Vital statistics of India. Vol. IV, Annual returns from 1871 to 1876. British Army of India, Native Army and jails of Bengal
Year: 1871
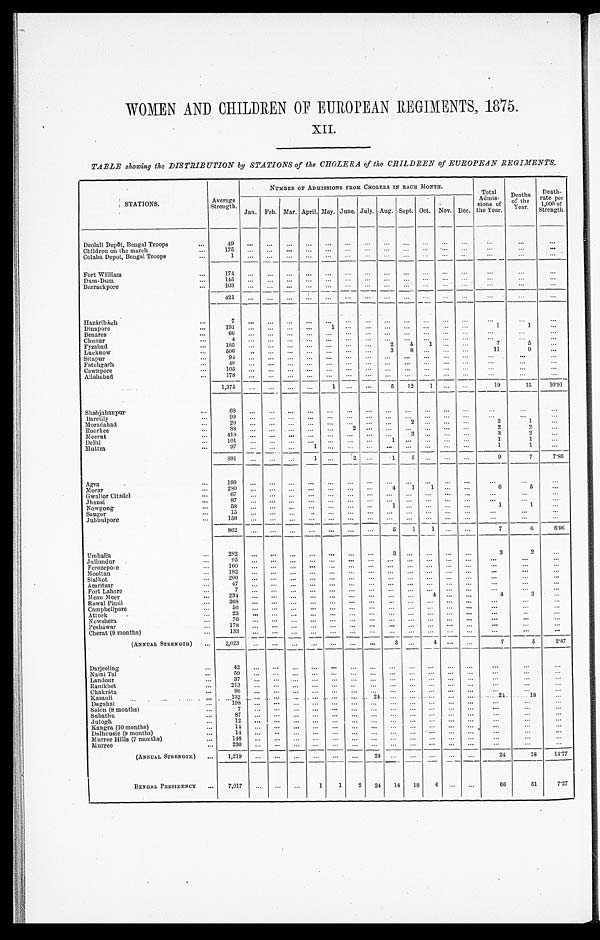
WOMEN AND CHILDREN OF EUROPEAN REGIMENTS, 1875.
X I I .
TABLE showing the DISTRIBUTION by STATIONS of the CHOLERA of the CHILDREN of EUROPEAN REGIMENTS.
.STATIONS.
Average
Strength.
NUMBER OF ADMISSIONS FROM CHOLERA IN EACH MONTH.
Total
Admis-
sions of
the Year.
Deaths
of the
; Year.
Death-
rate per1,000
of
Strength.
Jan. Feb. Mar. April. May. June. July. Aug. Sept. Oct. Nov. Dec.
Deolali Depot, Bengal Troops
...
49
... ... ...
... ... ... ... ... ... ... ... ...
...
...
...
Children on the march
...
175 ... ... ... ...
... ... ... ... ... ... ... ... ...
...
...
Colaba Depot, Bengal Troops
... 1
... ... ... ...
... ...
... ...
...
... ...
...
... ...
Fort William
...
174 ...
...
... ... ... ... ... ... ... ...
...
...
...
...
...
Dum-Data
...
145 ... ...
... ... ... ... ...
... ...
... ... ...
...
... ...
Ba r r a c k p o r e
...
103
. . .
. . . ...
... ... ... ... ...
. . . ...
. . .
. . .
. . .
. . .
...
Hazaribagh
...
421
-- ... ... ... ...
... ...
..._ ...
... ... ...
... ...
...
...
7 ..
... ... ... ... ...
... ... ... ...
... ...
...
...
...
Dinapore
...
191 ... ... ... ... 1 ... ... ... ... ... ...
...
1
1 ...
Benares
...
66 ... ... ... ...
... ...
... ... ... ... ... ...
...
...
....
Chunar
... 4
... ... ... ...
... ...
... .
... ... ...
... ....
...
...
Fy zabad
...
185 .., ... ...
... ... ...
...
2
4
1 ... ...
7
5 ...
Lucknow
...
506
.. ... ... ...
... ...
...
3 8
... ... ...
11
9
...
Si tapur
...
94 ... ... ... ... ... ... ... ... ... ... ...
...
...
... ...
Fatehgarh
...
40 ... ... ... ... ...
... ... ... ... ... ... ...
...
... ...
Cawnpore
...
105 ... ... ... ... ... ... ... ... ... ...
... ...
... ...
...
Allahabad
...
178 ... ... ...
... ... ... ... ... ... ... ...
... ...
... ...
Shahjahanpur
.... 1,375 ... ... ... ...
1 ... ...
5 12
1 ... ...
19
15
10.91
...
68 ... ...
...
... ... ... ...
...
...
...
... ...
...
...
...
Bareilly
...
99 ... ... ... ... ... ... ... ....
... ... ... ...
...
...
...
Moradahad
...
20 ... ... ...
... ... ... ...
2 ...
... ...
2
1
...
Roork ee
...
88 ... ... ...
... ...
2 ... ... ... ... ... ...
2
2 ...
Meerut
...
418 ... ... ... ... ... ... ... ....
3 ... ...
...
3
2
...
Delhi
...
101 ... ... ...
... ...
... ...
1 ... ... ... ...
1
1
....
Muttra
...
97 ... ... ...
1 ... ... ...
... ... ... ...
...
1
1
...
Agra
...
891 ... ... ...
1 ...
2 ... ...
5 ... ...
...
9
7
7.86
...
199
... ... ... ...
... ... ... ... ... ...
...
...
...
...
...
Morar
...
280 ...
... ... ... ...
... ...
4
1
1 ... ...
6
5
...
Gwalior Citadel
... 67
... ... ... ... ... ... ...
... ...
... ... ...
...
... ...
Jhansi
...
87 ... ... .... ... ... ...
.. ...
... ...
... ...
...
...
...
Nowgong
...
58 ... ... ...
... ... ... 1
... ...
... ...
1
1
...
Saugor
15 ... ... ...
... ... ...
... ... ... ...
... ...
...
...
...
Jubbulpore
...
156 ... ... ... ... ...
... ... ... ... ...
... ... ...
... ...
Umballa
... 862
... ... ... ... ... ... ... 5 1
1 ... ...
7
6
6'96
...
282 ...
... ... ... ...
... ...
3
... ... ....
...
3
2
...
Jullundur
...
95 ... ... ... ... ... ...
... ... ... ... ... ...
...
... ...
Ferozepore
...
160 ...
... ... ... .... ... ...
...
...
. . . ...
...
... ...
...
Mooltan
...
192 ...
... ... ... ... ... ... ... ... ... ... ...
...
... ...
Sialkot
...
206 ... ... ... ... ... ... ... ... ...
... .... ...
... ...
...
Amritsar
...
47 ... ....
... ... ... ... ... ... ... ... ... ...
...
...
...
Fort Lahore
...
7 ... ...
... ... ... ... ... ... ... ... ...
... ...
... ...
Mean Meer
...
234 ... ... ... ... ... ... ... ... ... 4 ... ...
4
3
...
Rawal Pindi
368 ... ... ... ... ... ... ...
... ... ... ... ... . ...
...
...
Campbellpore
...
56 ... ... ...
... ... ... ... ...
... ... ...
...
...
...
...
Attock
23 ... ... ...
... ... ... ...
... ... ...
... ... ...
...
...
Nowshera
...
76 ... ... ... ... ... ...
... ... ... ... -- ...
...
...
...
Peshawar
...
178 ... ... ... ... ...
... ...
.... ... ...
... ...
... ...
...
Cherat (9 months)
133 ... ... ... ... ...
... ...
. . . . . . . . .
...
...
—
(ANNUAL STRENGTH) ...
2,023 ...
...
...
... ... ... ...
3 ...
4 ... ...
7
5
2.47
Darjeeling
...
42 ... ... ...
...
...
....
...
... ... ... ... ...
...
...
...
Naini Tal
... ...
... ... .... ... ... ... ... ... ...
... ... ...
... ...
...
Landour
...
37 ... ... ... ... ... ...
... ... ...
. . . ...
...
... ...
...
Ranikhet
...
213 ... ... ... ... ... ..
... ... ... ... ... ...
...
...
...
Chakrata
...96
... ... ... ... ... ... ... ...
... ... ... ...
...
...
...
Kasaul
...
132 ... ... ... ... ... ...
24 ... ... ...
... ...
24
18 ...
Dagshni
...
198 ... ... ... .... ... ...
... ... ... ...
... ...
...
...
...
Solon (8 months)
...
.... .... ... .... ... ... ...
... ... ... ... ...
...
...
...
Subathu
...
87 ... .... ... ... ...
... ... ... ... ... ... ...
...
...
...
Jutogh
...
12 ... ... ... .... ...
... ... ....
... ... ... ...
...
...
...
kngra (10 months)
...
14 ... ... ... .... ... ...
... .... ... .... ... ... ...
...
...
Dalhousie (9 months)
...
14 ... .... ...
... ... ... ... ... ... .... ... ...
...
...
...
Murree Hills (7 months)
... 146
... .... ... ...
... ... . . . .
... ... ... ... ...
...
... ...
Murree
...
230 ... .... ... ... .... .... ... ... ... ... ... ...
...
...
...
(ANNUAL STRENGTH) ... 1,219 ... ... ... ...
... ... 24 ... .... ... ...
24
18
14.77
BENGAL PRESIDENCY ...
7,017 ... ... ...
1
1
2
24
14
18
6
...
...
66
51
7.27